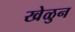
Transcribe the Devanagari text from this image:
खेळुन